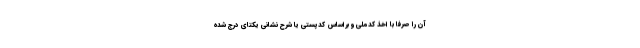
آن را صرفاً با اخذ کدملی و براساس کدپستی یا شرح نشانی یکتای درج شده